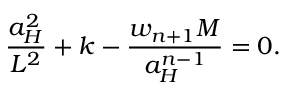
{ \frac { a _ { H } ^ { 2 } } { L ^ { 2 } } } + k - { \frac { w _ { n + 1 } M } { a _ { H } ^ { n - 1 } } } = 0 .